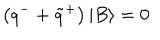
LaTeX: \left( q ^ { - } + \tilde { q } ^ { + } \right) \left| B \right\rangle = 0